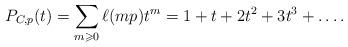
LaTeX: \begin{align*} P_{C,p}(t) = \sum_{m\geqslant0}\ell(mp)t^m = 1+t+2t^2+3t^3+\ldots. \end{align*}